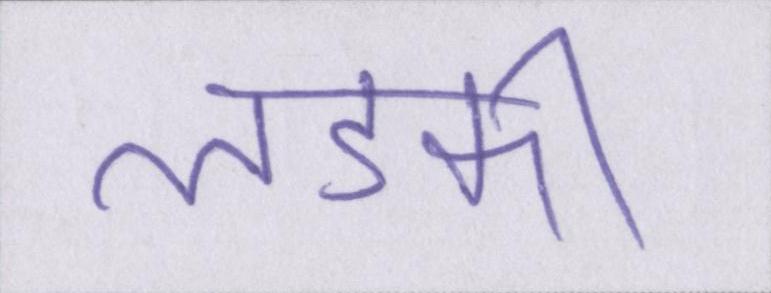
लडकी